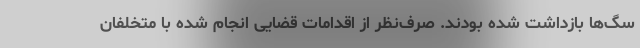
سگ‌ها بازداشت شده بودند. صرف‌نظر از اقدامات قضایی انجام شده با متخلفان